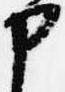
中